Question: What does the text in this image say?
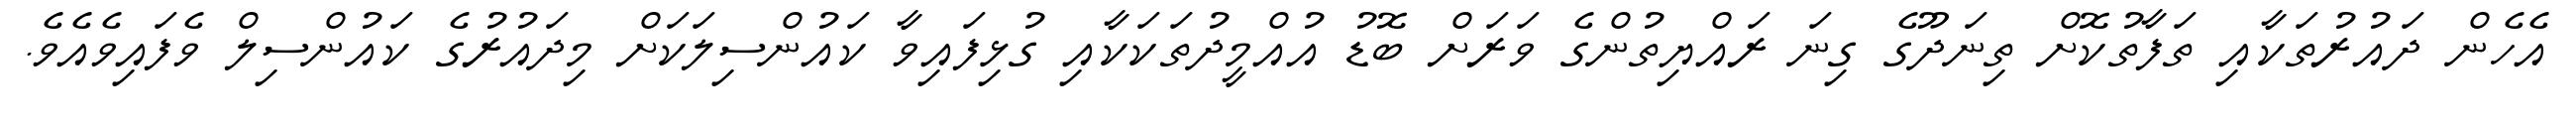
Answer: އެހެން ދައުރުތަކާއި ތަފާތުކޮށް ތިނަދޫގެ ގިނަ ރައްޔިތުންގެ ވަރަށް ބޮޑު އުއްމީދުތަކަކާއި ގުޅިފައިވާ ކައުންސިލަކަށް މިދައުރުގެ ކައުންސިލް ވެފައިވެއެވެ.